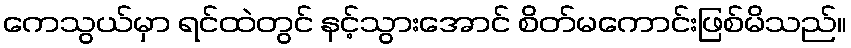
ကေသွယ်မှာ ရင်ထဲတွင် နင့်သွားအောင် စိတ်မကောင်းဖြစ်မိသည်။